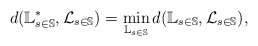
\begin{align*}d(\mathbb{L}_{s\in\mathbb{S}}^*, {\cal L}_{s\in\mathbb{S}})= \min_{\mathbb{L}_{s\in\mathbb{S}}}d(\mathbb{L}_{s\in\mathbb{S}}, {\cal L}_{s\in\mathbb{S}}),\end{align*}